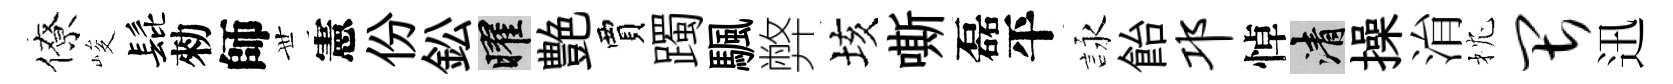
僚峻髭勑師𠀍憲份鈆曜艶賈躅颿弊垓嘶磊平詠飴邛悼清操㳙枕畏迅